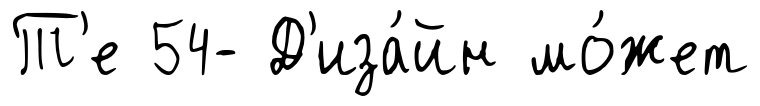
Т'е 54- Д'иза́йн мо́жет